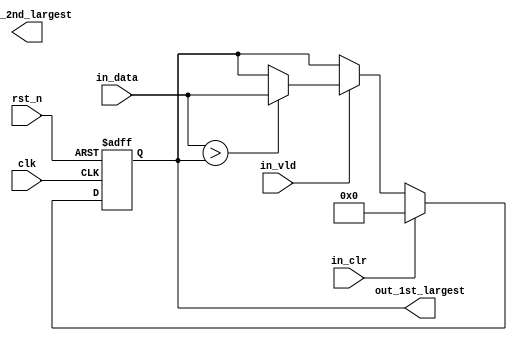
module find_large_number(
input clk, rst_n,           //clock and reset
input in_vld,                //if set, the in_data is valid
input [31:0] in_data,     //input data stream
input in_clr,                 //if set, clear and invalidate the recorded largest values
output reg [31:0] out_1st_largest,  //largest captured number
output reg [31:0] out_2nd_largest); //second largest captured number
  
always @(posedge clk or negedge rst_n) begin
    if(~rst_n) begin
        out_1st_largest <= 'b0;
        out_2st_largest <= 'b0;
    end 
    else if(in_clr) begin
        out_1st_largest <= 'b0;
        out_2st_largest <= 'b0;
  	end 
    else if(in_vld) begin
        if(in_data > out_1st_largest) begin
            out_1st_largest <= in_data;
            out_2st_largest <= out_1st_largest;
        end 
        else if(in_data > out_2st_largest) begin
            out_2st_largest <= in_data;
        end 
    end
end  

endmodule